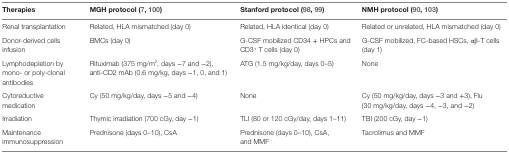
<table><thead><tr><td><b>Therapies</b></td><td><b>MGH protocol (7, 100)</b></td><td><b>Stanford protocol (98, 99)</b></td><td><b>NMH protocol (90, 103)</b></td></tr></thead><tbody><tr><td>Renal transplantation</td><td>Related, HLA mismatched (day 0)</td><td>Related, HLA identical (day 0)</td><td>Related or unrelated, HLA mismatched (day 0)</td></tr><tr><td>Donor-derived cells infusion</td><td>BMCs (day 0)</td><td>G-CSF mobilized CD34 + HPCs and CD3<sup>+</sup> T cells (day 0)</td><td>G-CSF mobilized, FC-based HSCs, αβ-T cells (day 1)</td></tr><tr><td>Lymphodepletion by mono- or poly-clonal antibodies</td><td>Rituximab (375 mg/m<sup>2</sup>, days −7 and −2), anti-CD2 mAb (0.6 mg/kg, days −1, 0, and 1)</td><td>ATG (1.5 mg/kg/day, days 0–5)</td><td>None</td></tr><tr><td>Cytoreductive medication</td><td>Cy (50 mg/kg/day, days −5 and −4)</td><td>None</td><td>Cy (50 mg/kg/day, days −3 and +3), Flu (30 mg/kg/day, days −4, −3, and −2)</td></tr><tr><td>Irradiation</td><td>Thymic irradiation (700 cGy, day −1)</td><td>TLI (80 or 120 cGy/day, days 1–11)</td><td>TBI (200 cGy, day −1)</td></tr><tr><td>Maintenance immunosuppression</td><td>Prednisone (days 0–10), CsA</td><td>Prednisone (days 0–10), CsA, and MMF</td><td>Tacrolimus and MMF</td></tr></tbody></table>